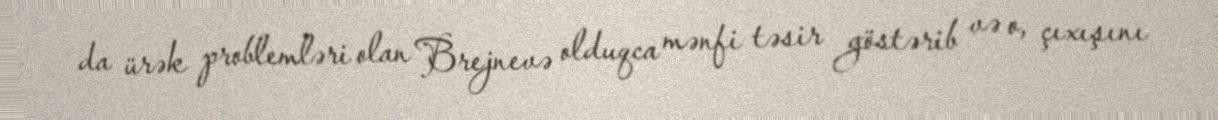
da ürək problemləri olan Brejnevə olduqca mənfi təsir göstərib və o, çıxışını